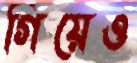
গিয়েও